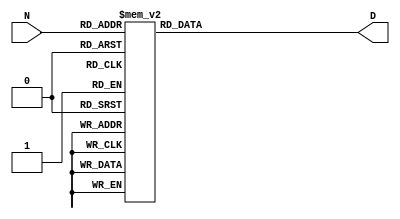
`timescale 1ns / 1ns
//////////////////////////////////////////////////////////////////////////////////
// Company: 
// Engineer: 
// 
// Design Name: 
// Module Name: SevenSegmentTruthTable
// Project Name: 
// Target Devices: 
// Tool Versions: 
// Description: 
// 
// Dependencies: 
// 
// Revision:
// Revision 0.01 - File Created
// Additional Comments:
// 
//////////////////////////////////////////////////////////////////////////////////


module SevenSegmentTruthTable(
    input [3:0] N,
    output reg [6:0] D
    
    );
    
    always @(*) begin
        case (N)
                4'b0000: D = 7'b1111110;
                4'b0001: D = 7'b0110000;
                4'b0010: D = 7'b1101101;
                4'b0011: D = 7'b1111001;
                4'b0100: D = 7'b0110011;
                4'b0101: D = 7'b1011011;
                4'b0110: D = 7'b1011111;
                4'b0111: D = 7'b1110000;
                4'b1000: D = 7'b1111111;
                4'b1001: D = 7'b1111011;
                4'b1010: D = 7'b1110111;
                4'b1011: D = 7'b0011111;
                4'b1100: D = 7'b1001111;
                4'b1101: D = 7'b0111101;
                4'b1110: D = 7'b1001111;
                4'b1111: D = 7'b1000111;
                
                default: D = 7'b0000000;
        endcase
   end
endmodule